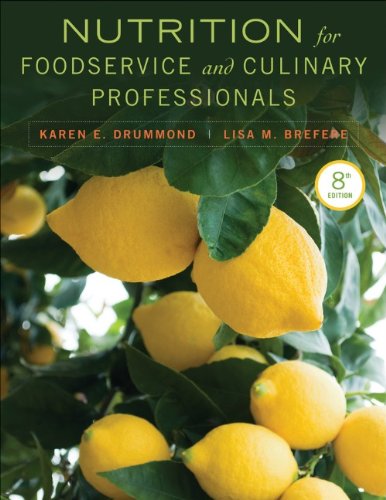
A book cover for Nutrition for Foodservice and Culinary Professionals; Karen E. Drummond; Science & Math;